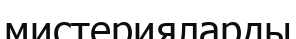
мистерияларды